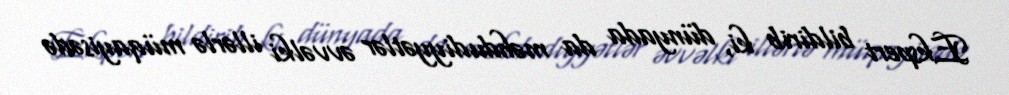
Ekspert bildirib ki, dünyada da məhdudiyyətlər əvvəlki illərlə müqayisədə